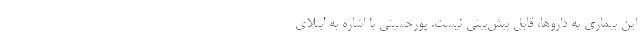
این بیماری به داروها، قابل پیش‌بینی نیست. پورحسینی با اشاره به ابتلای